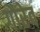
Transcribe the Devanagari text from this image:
गौरेव